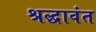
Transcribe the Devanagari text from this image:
श्रद्धावंत